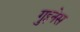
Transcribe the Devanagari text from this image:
गुइनेस